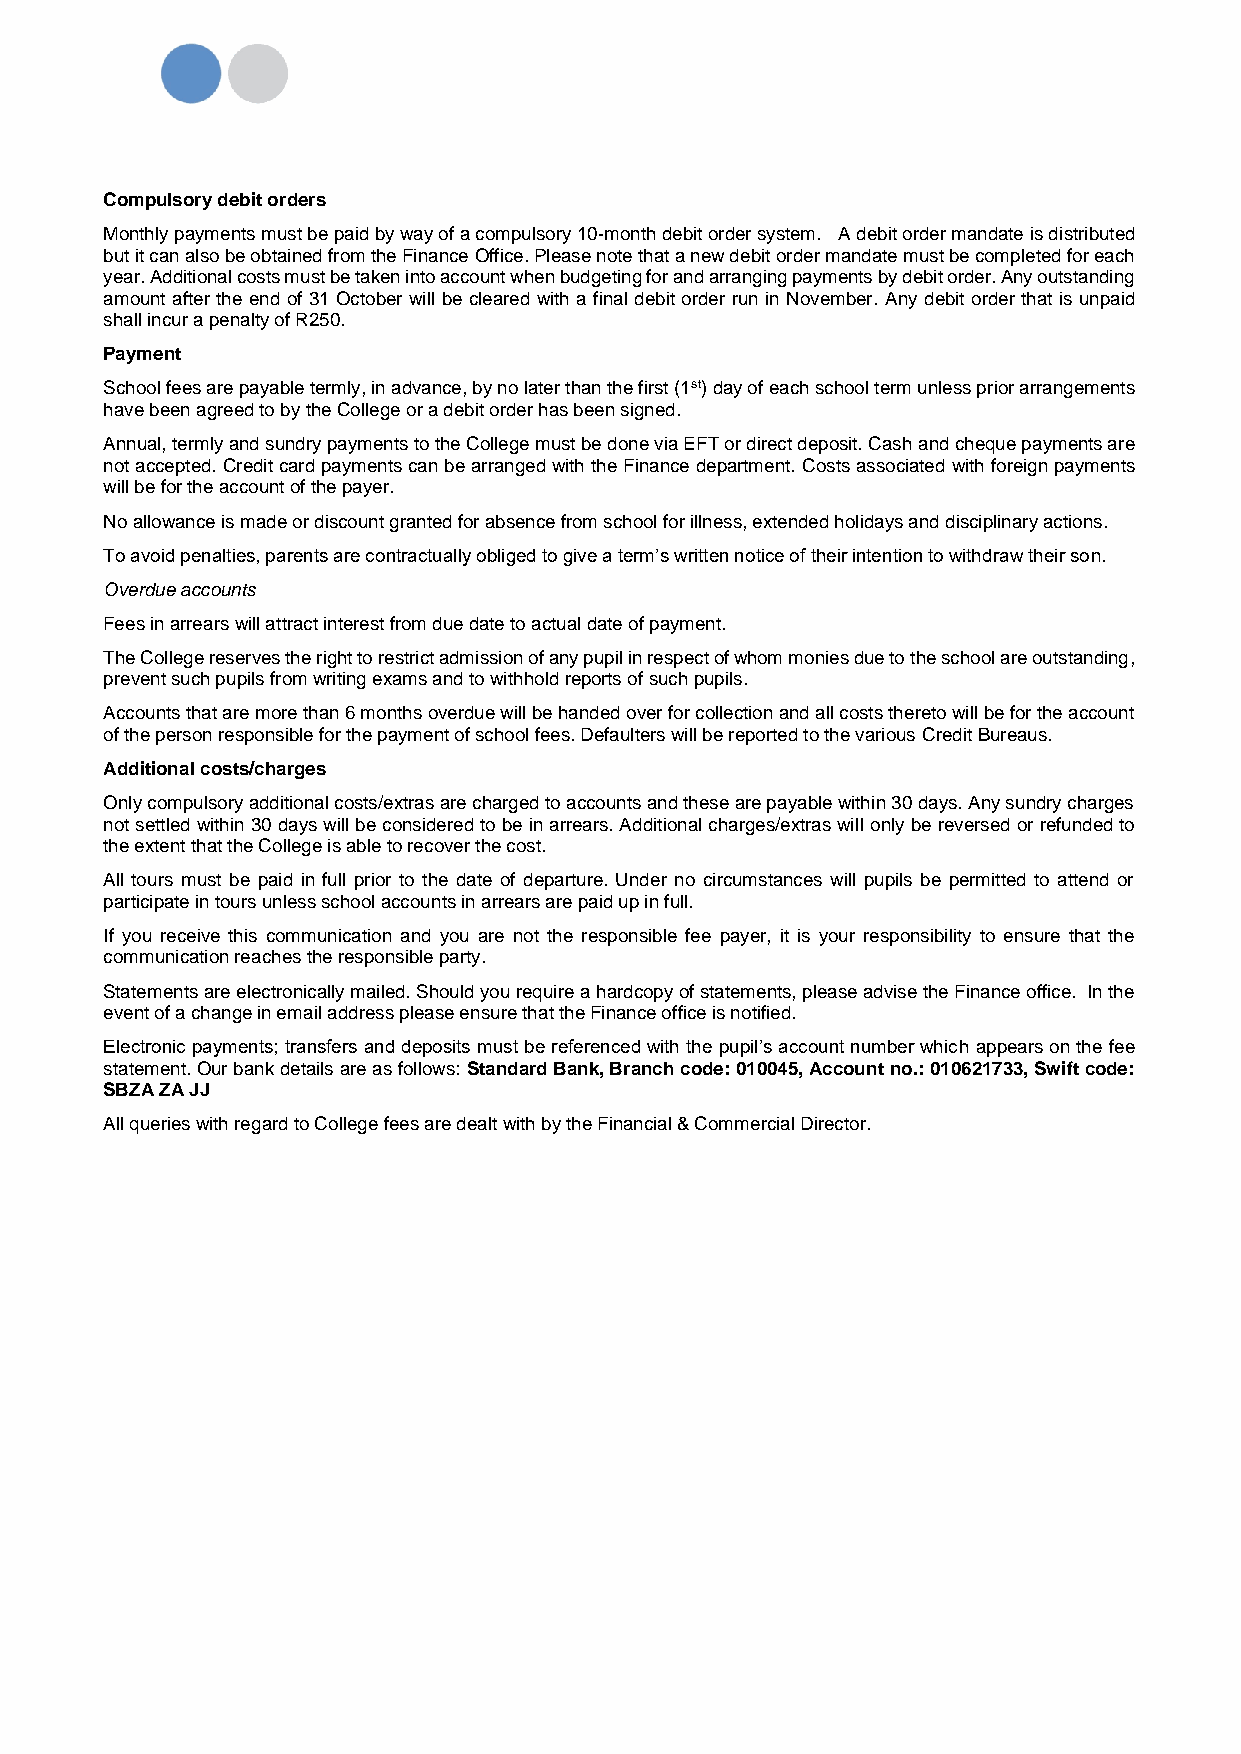
Compulsory debit orders
 Monthly payments must be paid by way of a compulsory 10-month debit order system. A debit order mandate is distributed
 but it can also be obtained from the Finance Office. Please note that a new debit order mandate must be completed for each
 year. Additional costs must be taken into account when budgeting for and arranging payments by debit order. Any outstanding
 amount after the end of 31 October will be cleared with a final debit order run in November. Any debit order that is unpaid
 shall incur a penalty of R250.
 Payment
 School fees are payable termly, in advance, by no later than the first (1st) day of each school term unless prior arrangements
 have been agreed to by the College or a debit order has been signed.
 Annual, termly and sundry payments to the College must be done via EFT or direct deposit. Cash and cheque payments are
 not accepted. Credit card payments can be arranged with the Finance department. Costs associated with foreign payments
 will be for the account of the payer.
 No allowance is made or discount granted for absence from school for illness, extended holidays and disciplinary actions.
 To avoid penalties, parents are contractually obliged to give a term’s written notice of their intention to withdraw their son.
 Overdue accounts
 Fees in arrears will attract interest from due date to actual date of payment.
 The College reserves the right to restrict admission of any pupil in respect of whom monies due to the school are outstanding,
 prevent such pupils from writing exams and to withhold reports of such pupils.
 Accounts that are more than 6 months overdue will be handed over for collection and all costs thereto will be for the account
 of the person responsible for the payment of school fees. Defaulters will be reported to the various Credit Bureaus.
 Additional costs/charges
 Only compulsory additional costs/extras are charged to accounts and these are payable within 30 days. Any sundry charges
 not settled within 30 days will be considered to be in arrears. Additional charges/extras will only be reversed or refunded to
 the extent that the College is able to recover the cost.
 All tours must be paid in full prior to the date of departure. Under no circumstances will pupils be permitted to attend or
 participate in tours unless school accounts in arrears are paid up in full.
 If you receive this communication and you are not the responsible fee payer, it is your responsibility to ensure that the
 communication reaches the responsible party.
 Statements are electronically mailed. Should you require a hardcopy of statements, please advise the Finance office. In the
 event of a change in email address please ensure that the Finance office is notified.
 Electronic payments; transfers and deposits must be referenced with the pupil’s account number which appears on the fee
 statement. Our bank details are as follows: Standard Bank, Branch code: 010045, Account no.: 010621733, Swift code:
 SBZA ZA JJ
 All queries with regard to College fees are dealt with by the Financial & Commercial Director.